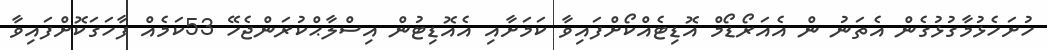
ހުށަހެޅުމާގުޅުގެން އެތަނު ން އެއަރޯޑޯމް އޮޑިޓެއްކޯށްފައިވާ ކަމަށާއި އެއޮޑިޓުން އިސްލާޙްކުރަންޖެހޭ 53ކަމެއް ފާހަގަކޮށްފައިވާ